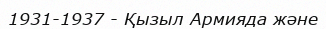
1931-1937 - Қызыл Армияда және